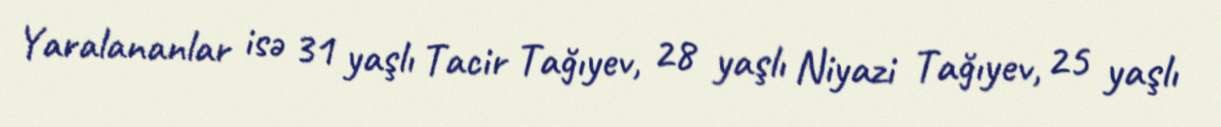
Yaralananlar isə 31 yaşlı Tacir Tağıyev, 28 yaşlı Niyazi Tağıyev, 25 yaşlı